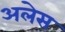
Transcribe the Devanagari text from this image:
अलेस